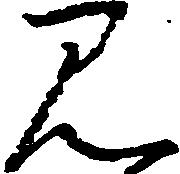
み